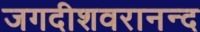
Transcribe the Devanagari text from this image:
जगदीशवरानन्द